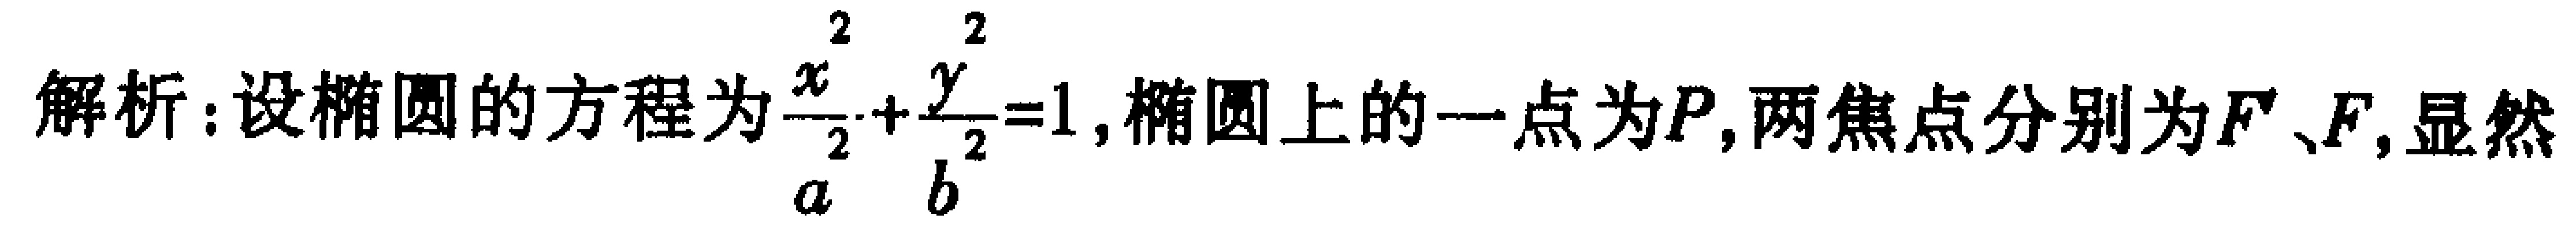
解析：设椭圆的方程为$\frac{x^{2}}{a^{2}}+\frac{y^{2}}{b^{2}} = 1$，椭圆上的一点为$P$，两焦点分别为$F$、$F$，显然